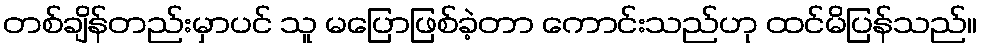
တစ်ချိန်တည်းမှာပင် သူ မပြောဖြစ်ခဲ့တာ ကောင်းသည်ဟု ထင်မိပြန်သည်။